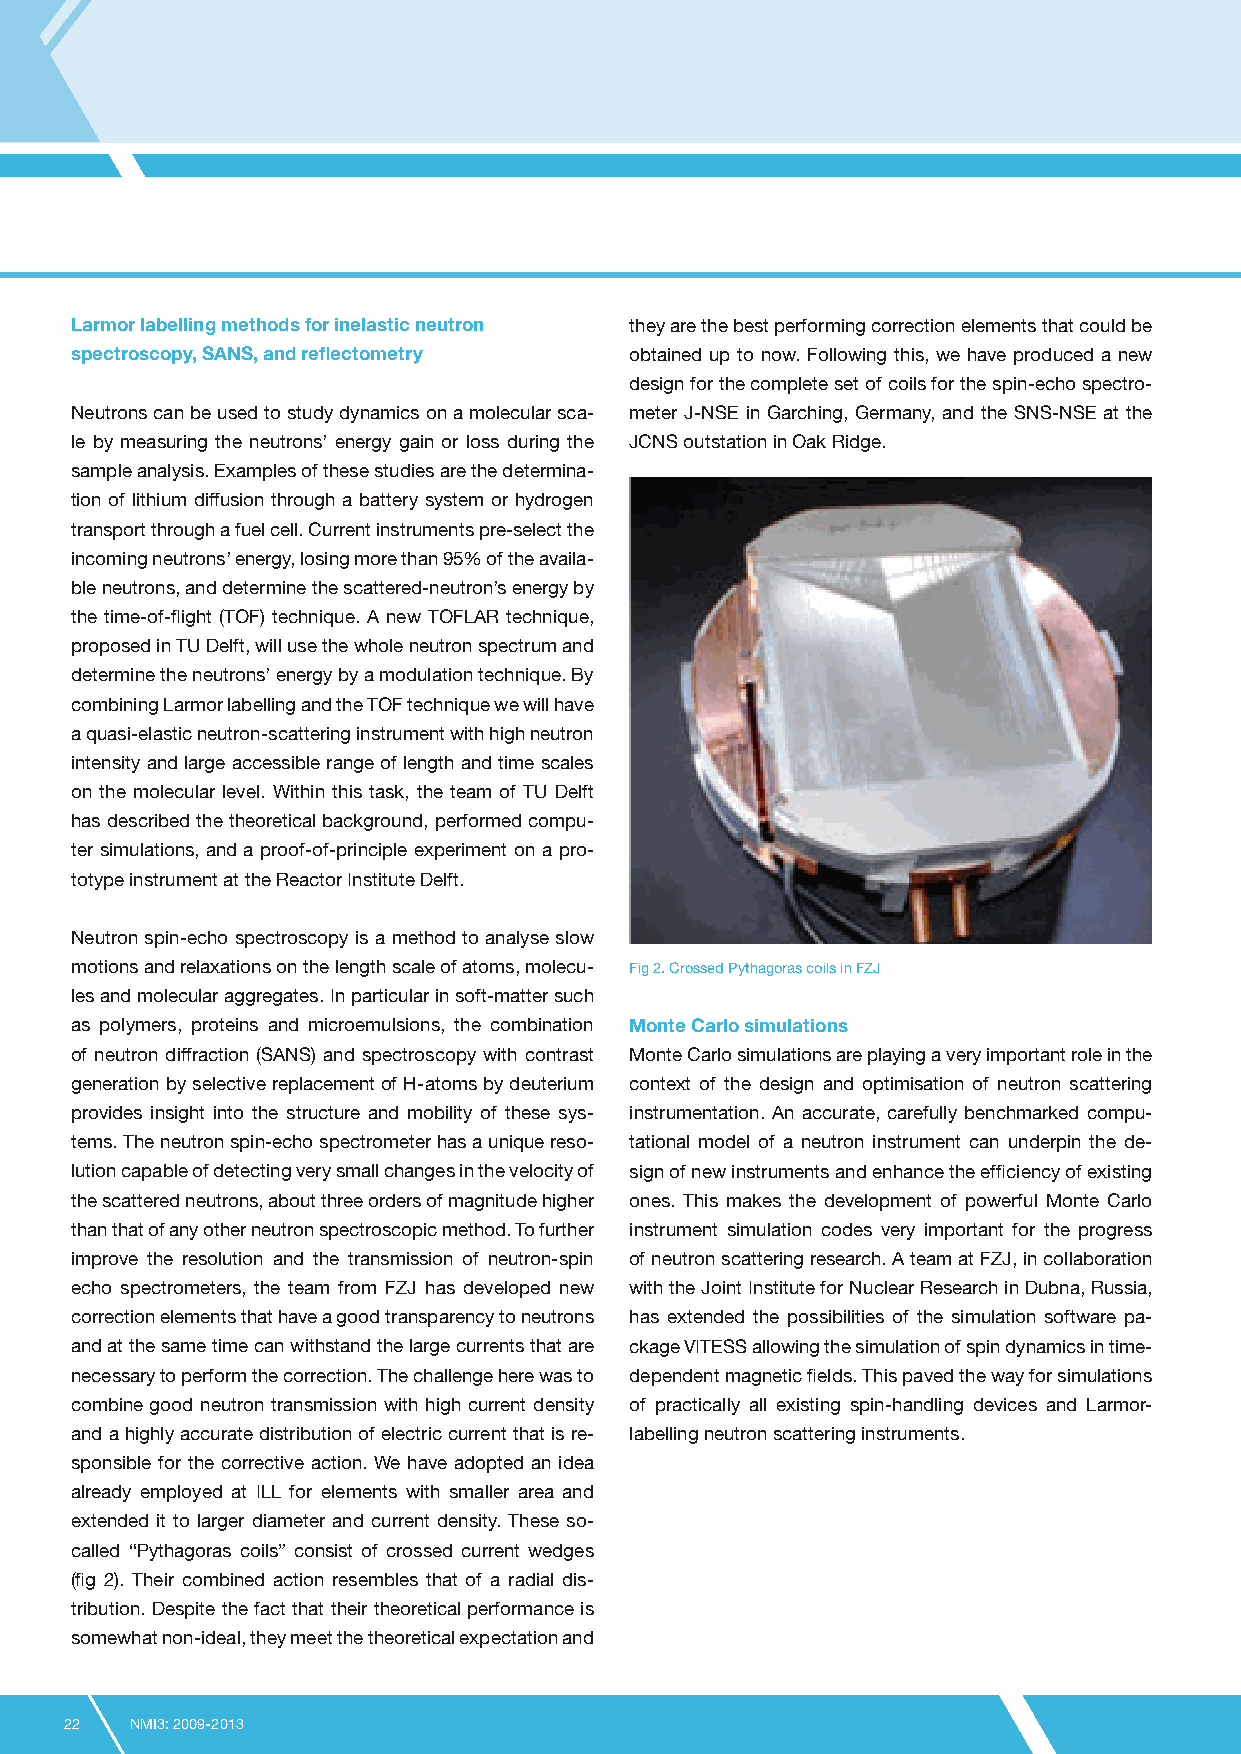
Larmor labelling methods for inelastic neutron they are the best performing correction elements that could be
 spectroscopy, SANS, and reflectometry obtained up to now. Following this, we have produced a new
 design for the complete set of coils for the spin-echo spectro-
 Neutrons can be used to study dynamics on a molecular sca- meter J-NSE in Garching, Germany, and the SNS-NSE at the
 le by measuring the neutrons’ energy gain or loss during the JCNS outstation in Oak Ridge.
 sample analysis. Examples of these studies are the determina-
 tion of lithium diffusion through a battery system or hydrogen
 transport through a fuel cell. Current instruments pre-select the
 incoming neutrons’ energy, losing more than 95% of the availa-
 ble neutrons, and determine the scattered-neutron’s energy by
 the time-of-flight (TOF) technique. A new TOFLAR technique,
 proposed in TU Delft, will use the whole neutron spectrum and
 determine the neutrons’ energy by a modulation technique. By
 combining Larmor labelling and the TOF technique we will have
 a quasi-elastic neutron-scattering instrument with high neutron
 intensity and large accessible range of length and time scales
 on the molecular level. Within this task, the team of TU Delft
 has described the theoretical background, performed compu-
 ter simulations, and a proof-of-principle experiment on a pro-
 totype instrument at the Reactor Institute Delft.
 Neutron spin-echo spectroscopy is a method to analyse slow
 motions and relaxations on the length scale of atoms, molecu- Fig 2. Crossed Pythagoras coils in FZJ
 les and molecular aggregates. In particular in soft-matter such
 as polymers, proteins and microemulsions, the combination Monte Carlo simulations
 of neutron diffraction (SANS) and spectroscopy with contrast Monte Carlo simulations are playing a very important role in the
 generation by selective replacement of H-atoms by deuterium context of the design and optimisation of neutron scattering
 provides insight into the structure and mobility of these sys- instrumentation. An accurate, carefully benchmarked compu-
 tems. The neutron spin-echo spectrometer has a unique reso- tational model of a neutron instrument can underpin the de-
 lution capable of detecting very small changes in the velocity of sign of new instruments and enhance the efficiency of existing
 the scattered neutrons, about three orders of magnitude higher ones. This makes the development of powerful Monte Carlo
 than that of any other neutron spectroscopic method. To further instrument simulation codes very important for the progress
 improve the resolution and the transmission of neutron-spin of neutron scattering research. A team at FZJ, in collaboration
 echo spectrometers, the team from FZJ has developed new with the Joint Institute for Nuclear Research in Dubna, Russia,
 correction elements that have a good transparency to neutrons has extended the possibilities of the simulation software pa-
 and at the same time can withstand the large currents that are ckage VITESS allowing the simulation of spin dynamics in time-
 necessary to perform the correction. The challenge here was to dependent magnetic fields. This paved the way for simulations
 combine good neutron transmission with high current density of practically all existing spin-handling devices and Larmor-
 and a highly accurate distribution of electric current that is re- labelling neutron scattering instruments.
 sponsible for the corrective action. We have adopted an idea
 already employed at ILL for elements with smaller area and
 extended it to larger diameter and current density. These so-
 called “Pythagoras coils” consist of crossed current wedges
 (fig 2). Their combined action resembles that of a radial dis-
 tribution. Despite the fact that their theoretical performance is
 somewhat non-ideal, they meet the theoretical expectation and
 22   NMI3: 2009-2013